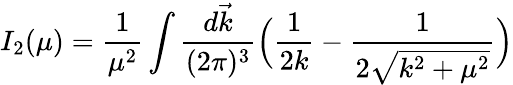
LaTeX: I_{2}(\mu)=\frac{1}{\mu^{2}}\int\frac{d\vec{k}}{(2\pi)^{3}}\Big(\frac{1}{2k}-\frac{1}{2\sqrt{k^{2}+\mu^{2}}}\Big)